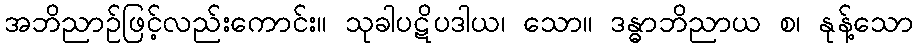
အဘိညာဉ်ဖြင့်လည်းကောင်း။ သုခါပဋိပဒါယ၊ သော။ ဒန္ဓာဘိညာယ စ၊ နုန့်သော